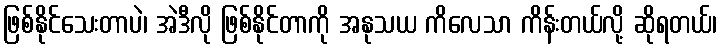
ဖြစ်နိုင်သေးတာပဲ၊ အဲဒီလို ဖြစ်နိုင်တာကို အနုသယ ကိလေသာ ကိန်းတယ်လို့ ဆိုရတယ်၊